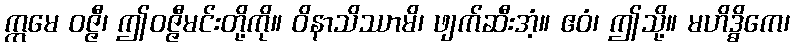
ဣမေ ဝဇ္ဇီ၊ ဤဝဇ္ဇီမင်းတို့ကို။ ဝိနာသိဿာမိ၊ ဖျက်ဆီးအံ့။ ဧဝံ၊ ဤသို့။ မဟိဒ္ဓိကေ၊